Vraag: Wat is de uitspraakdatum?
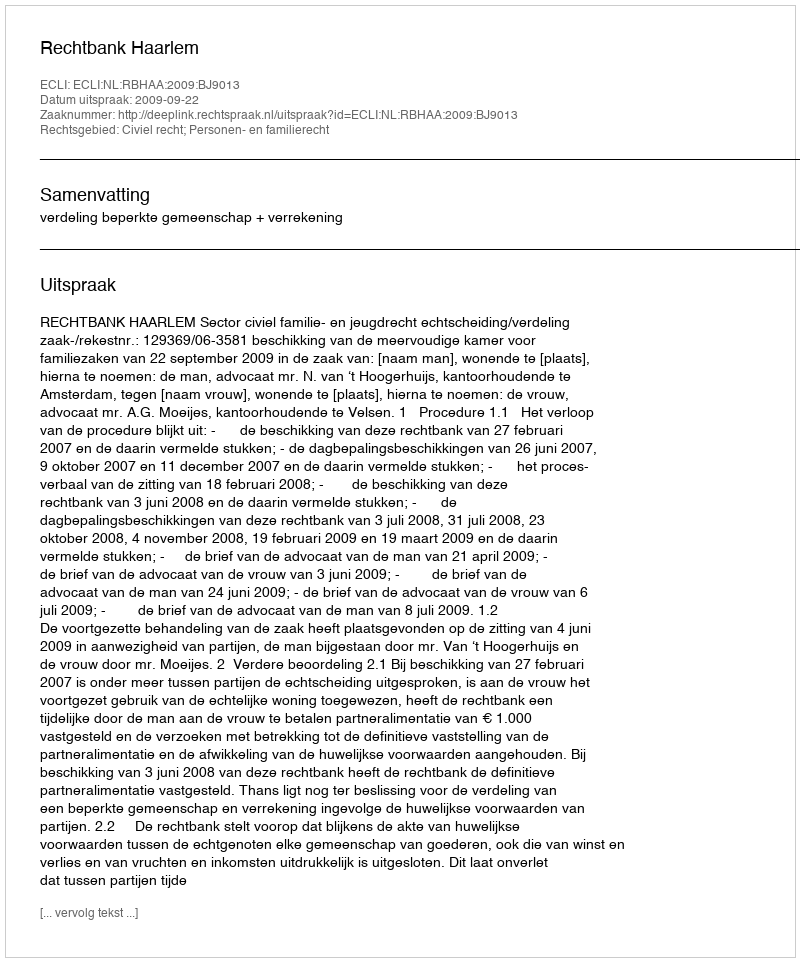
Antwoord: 2009-09-22